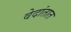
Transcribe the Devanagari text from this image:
वेदांतात